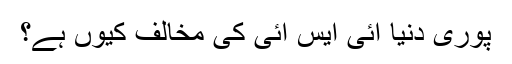
پوری دنیا آئی ایس آئی کی مخالف کیوں ہے؟